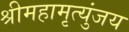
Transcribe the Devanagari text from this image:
श्रीमहामृत्युंजय